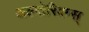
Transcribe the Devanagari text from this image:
अल्गोरिदम्स्